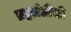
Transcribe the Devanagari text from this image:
ब्रह्मांडीची